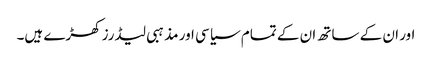
اور ان کے ساتھ ان کے تمام سیاسی اور مذہبی لیڈرز کھڑے ہیں۔